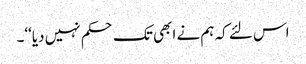
اس لئے کہ ہم نے ابھی تک حکم نہیں دیا‘‘۔